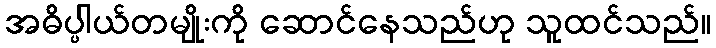
အဓိပ္ပါယ်တမျိုးကို ဆောင်နေသည်ဟု သူထင်သည်။